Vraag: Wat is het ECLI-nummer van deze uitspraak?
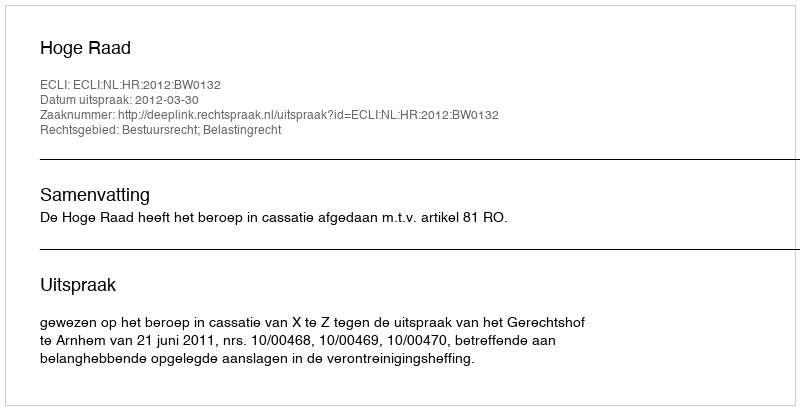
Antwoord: ECLI:NL:HR:2012:BW0132